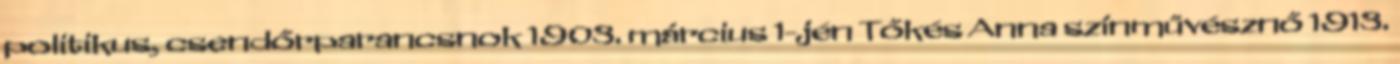
politikus, csendőrparancsnok 1903. március 1-jén Tőkés Anna színművésznő 1913.